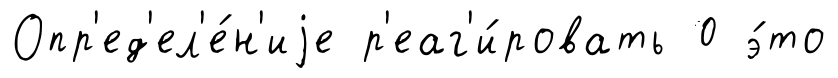
Опр'ед'ел'е́н'иjе р'еаг'и́ровать 0 э́то